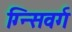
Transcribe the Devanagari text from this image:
ग्न्सिवर्ग